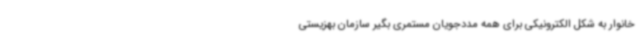
خانوار به شکل الکترونیکی برای همه مددجویان مستمری بگیر سازمان بهزیستی